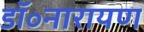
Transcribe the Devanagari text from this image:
डॉ॰नारायण